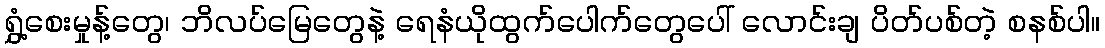
ရွှံ့စေးမှုန့်တွေ၊ ဘိလပ်မြေတွေနဲ့ ရေနံယိုထွက်ပေါက်တွေပေါ် လောင်းချ ပိတ်ပစ်တဲ့ စနစ်ပါ။